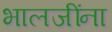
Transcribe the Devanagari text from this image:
भालजींना